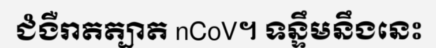
ជំងឺរាតត្បាត nCoV។ ទន្ទឹមនឹងនេះ